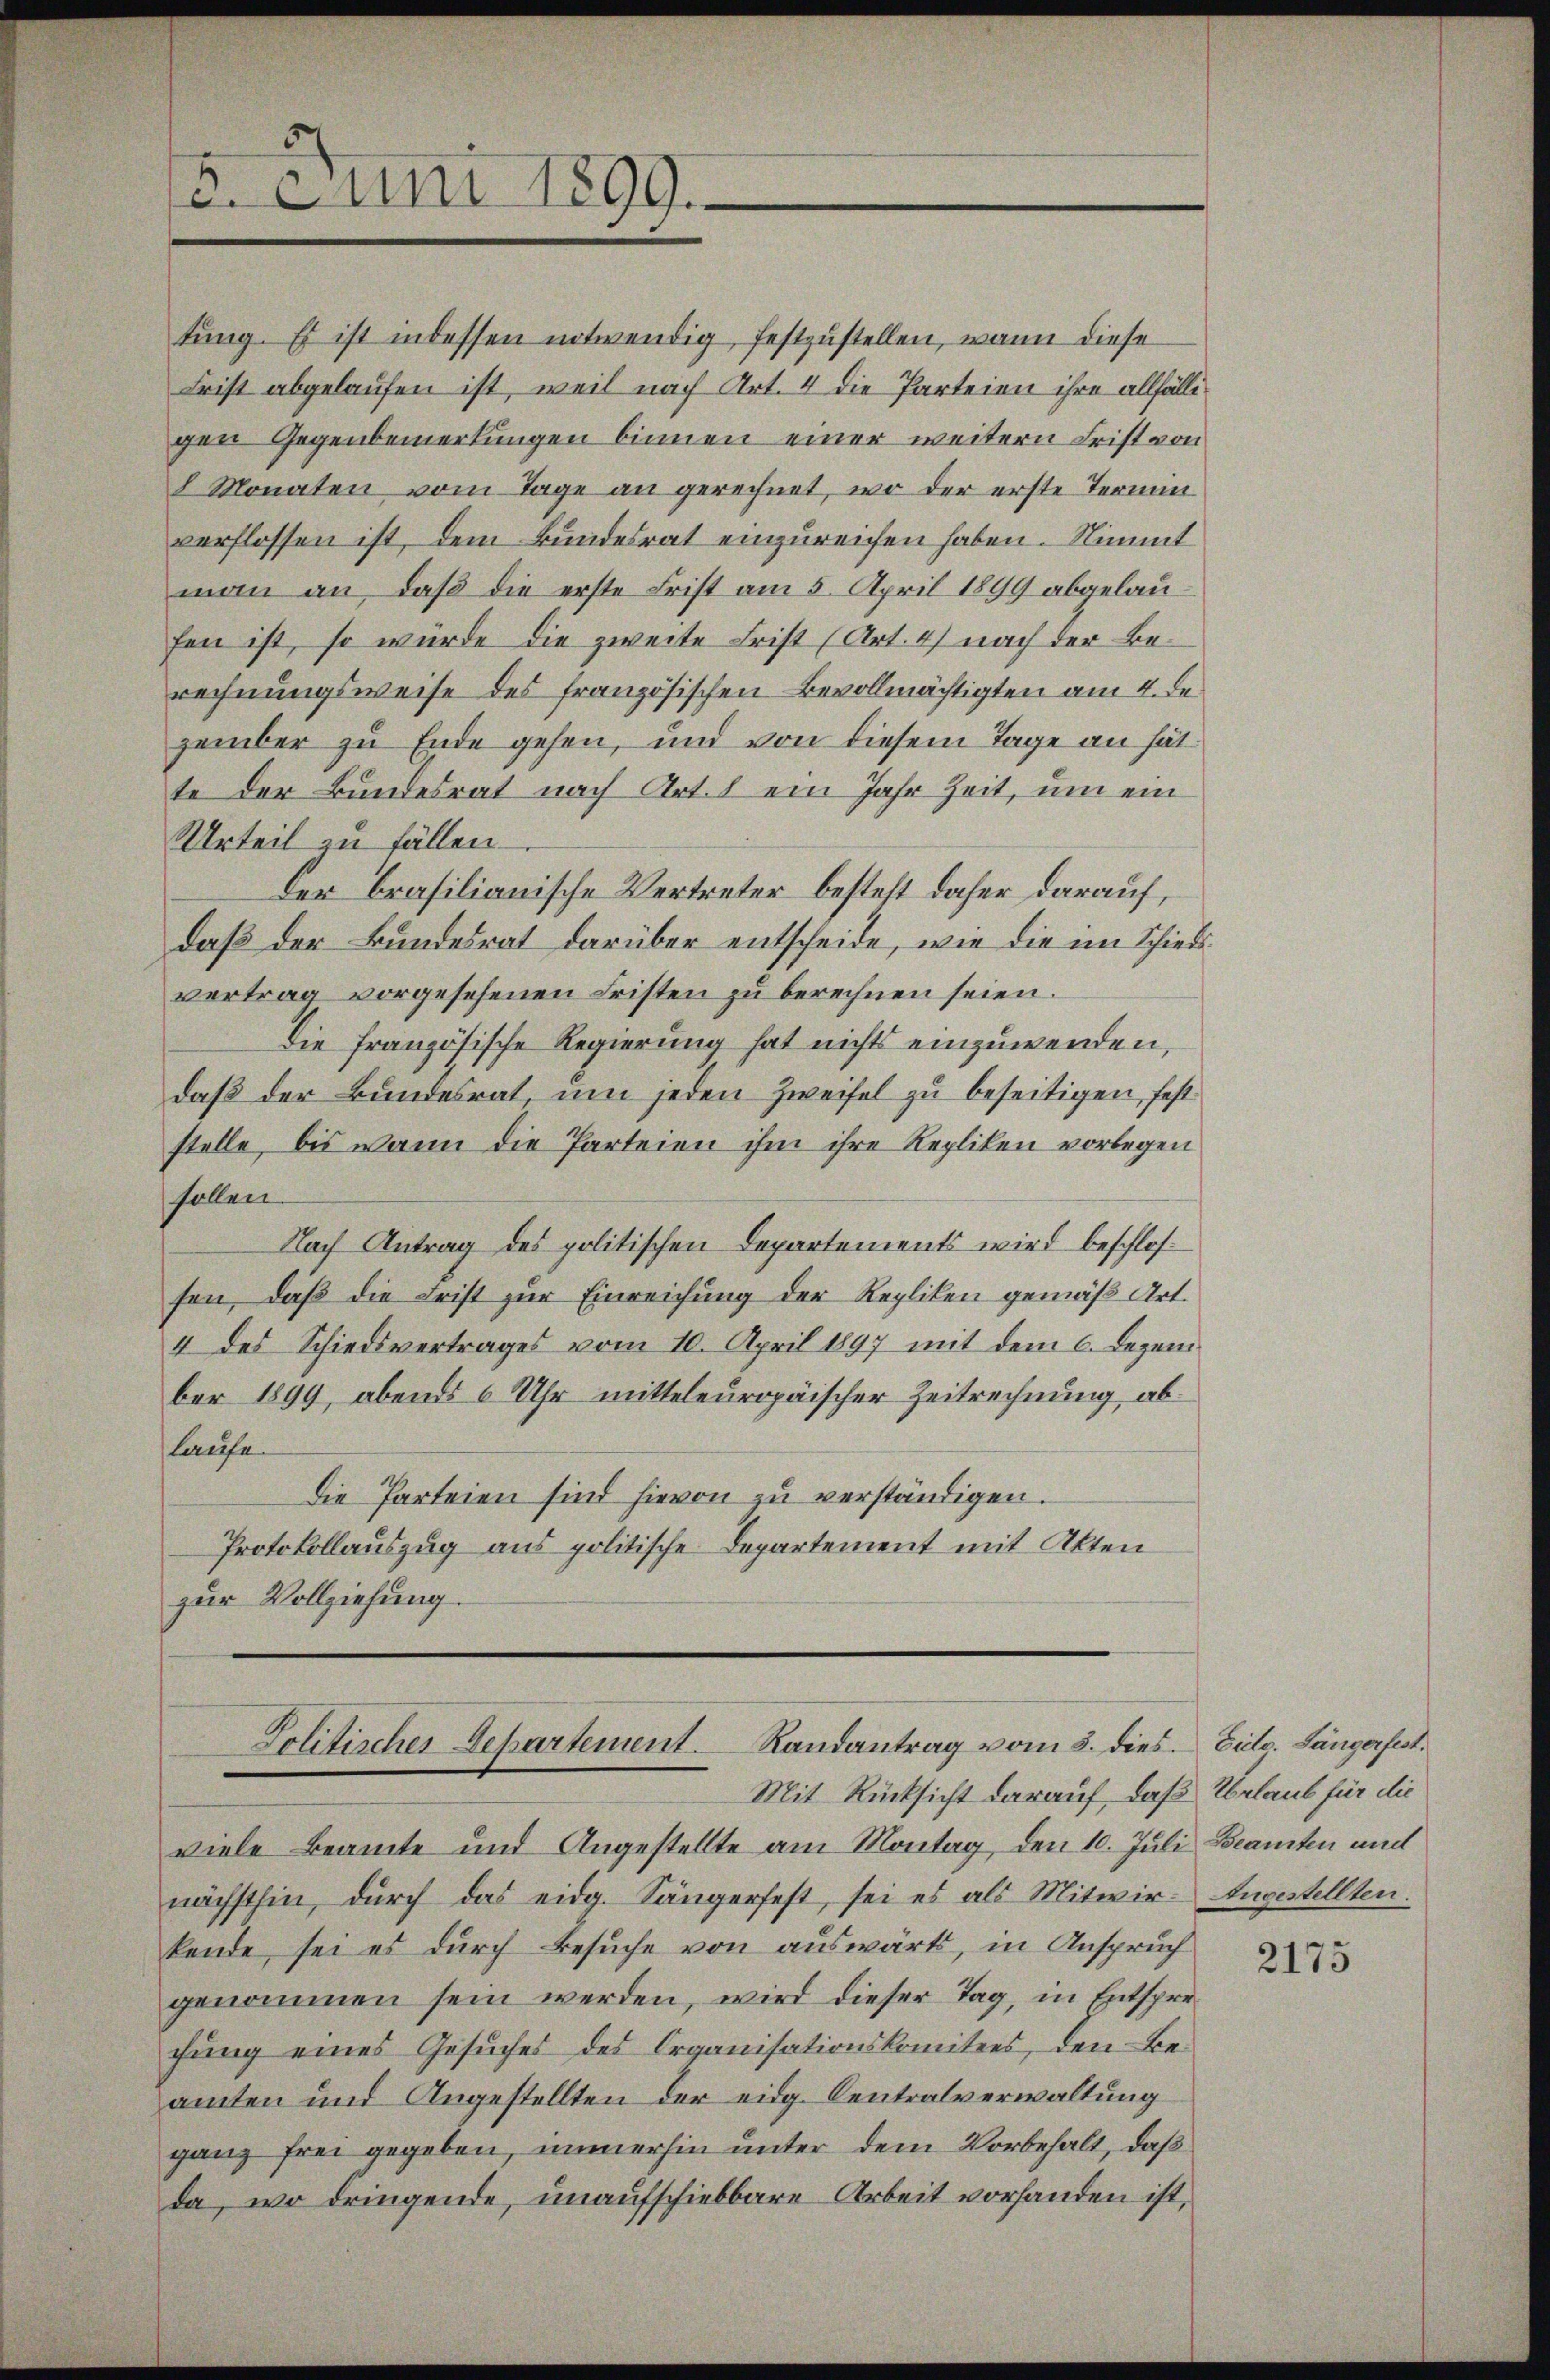
. Juni 1899.

tŭng. Es ist in dessen notwendig festzustellen, wann diese
Frist abgelaufen ist, weil nach Art. 4 die Parteien ihre allfälligen Gegenbemerkungen binnen einer weitern Frist von
8 Monaten vom Tage an gerechnet, wo der erste Termin
verflossen ist, dem Bundesrat einzureichen haben. Stimmt
man an, daß die erste Frist am 5. April 1899 abgelaufen ist, so würde die zweite Frist (Art. 4) nach der Berechnungsweise des französischen Bevollmächtigten am 4. de
zember zu Ende gehen, und von diesem Tage an hätte der Bundesrat nach Art. 1 ein Jahr Zeit, um ein
Urteil zu fällen.
Der brasilianische Vertreter besteht daher darauf,
daß der Bundesrat darüber entscheide, wie die im Schiedsvertrag vorgesehenen Fristen zu berechnen seien.
Die französische Regierung hat nichts einzuwenden,
daß der Bundesrat, um jeden Zweifel zu beseitigen, fest
stelle, bis wann die Parteien ihm ihre Repliken vorlegen
sollen.
Nach Antrag des politischen Departements wird beschlossen, daß die Frist zur Einreichung der Repliken gemäß Art.
4 des Schiedsvertrages vom 10. April 1897 mit dem 6. Dezember 1899, abends 6 Uhr mitteleuropäischer Zeitrechnung, ablaufe.
Die Parteien sind hievon zu verständigen.
Protokollauszug aus politische Departement mit Akten
zur Vollziehung.

Politischer Departement. Randantrag vom 5. dies. Eite. Längerfest.

Mit Rücksicht darauf, daß Urlaub für die
viele Beamte und Angestellte am Montag, den 10. Juli Beamten und
nächsthin, durch das eidg. Sängerfest, sei es als Mitwir- Angestellten.
kende, sei es durch Besuche von auswärts, in Anspruch
genommen sein werden, wird dieser Tag, in Entsprechung eines Gesŭches des Organisationskomitees, den Beamten und Angestellten der eidg. Centralverwaltung
ganz frei gegeben, immerhin unter dem Vorbehalt, daß
da, wo dringende, unaufschiebbare Arbeit vorhanden ist,

2175